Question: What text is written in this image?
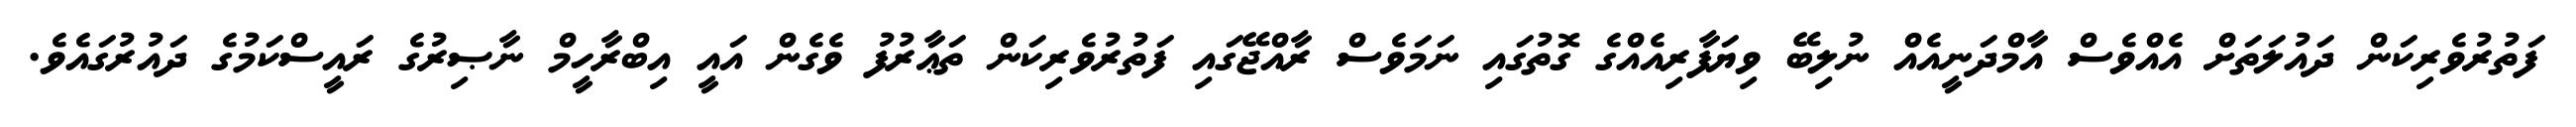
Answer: ފަތުރުވެރިކަން ދައުލަތަށް އެއްވެސް އާމްދަނީއެއް ނުލިބޭ ވިޔަފާރިއެއްގެ ގޮތުގައި ނަމަވެސް ރާއްޖޭގައި ފަތުރުވެރިކަން ތަޢާރުފު ވެގެން އައީ އިބްރާހީމް ނާޞިރުގެ ރައީސްކަމުގެ ދައުރުގައެވެ.